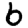
Digit: 6